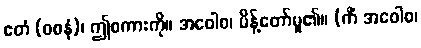
ဧတံ (ဝစနံ)၊ ဤစကားကို။ အဝေါစ၊ မိန့်တော်မူ၏။ (ကိံ အဝေါစ၊